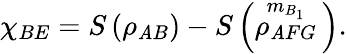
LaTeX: {{\chi}_{BE}}=S\left({{\rho}_{\mathit{A}B}}\right)-S\left(\overset{{{m}_{B_{1}}}}{\mathop{{{\rho}_{\mathit{A}FG}}}}\, \right).